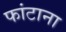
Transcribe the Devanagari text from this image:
फांटाना